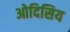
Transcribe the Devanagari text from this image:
ओदिसिय